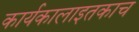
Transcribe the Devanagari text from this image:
कार्यकालाइतकाच